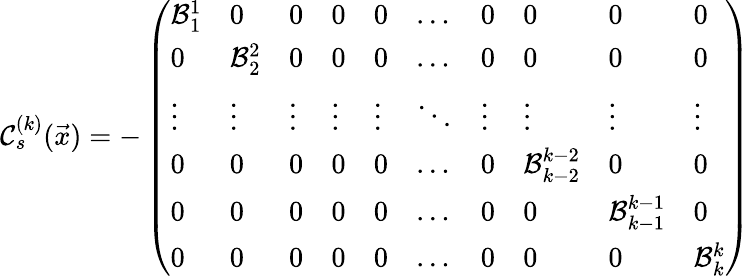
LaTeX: \mathcal C_{s}^{(k)}(\vec{x})=-\left(\begin{array}{llllllllll}{\mathcal B_{1}^{1}}&{0}&{0}&{0}&{0}&{\ldots}&{0}&{0}&{0}&{0}\\ {0}&{\mathcal B_{2}^{2}}&{0}&{0}&{0}&{\ldots}&{0}&{0}&{0}&{0}\\ {\vdots}&{\vdots}&{\vdots}&{\vdots}&{\vdots}&{\ddots}&{\vdots}&{\vdots}&{\vdots}&{\vdots}\\ {0}&{0}&{0}&{0}&{0}&{\ldots}&{0}&{\mathcal B_{k-2}^{k-2}}&{0}&{0}\\ {0}&{0}&{0}&{0}&{0}&{\ldots}&{0}&{0}&{\mathcal B_{k-1}^{k-1}}&{0}\\ {0}&{0}&{0}&{0}&{0}&{\ldots}&{0}&{0}&{0}&{\mathcal B_{k}^{k}}\end{array}\right)